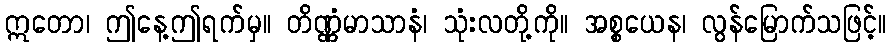
ဣတော၊ ဤနေ့ဤရက်မှ။ တိဏ္ဏံမာသာနံ၊ သုံးလတို့ကို။ အစ္စယေန၊ လွန်မြောက်သဖြင့်။